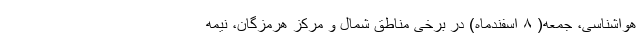
هواشناسی، جمعه( ۸ اسفندماه) در برخی مناطق شمال و مرکز هرمزگان، نیمه